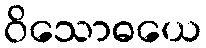
ဝိသောဓယေ